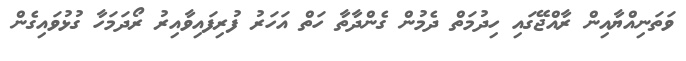
ވަތަނިއްޔާއިން ރާއްޖޭގައި ހިދުމަތް ދެމުން ގެންދާތާ ހަތް އަހަރު ފުރިފައިވާއިރު ރޯދަމަހާ ގުޅުވައިގެން